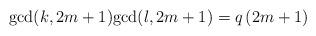
LaTeX: \begin{align*}{\rm gcd}(k,2m+1){\rm gcd}(l,2m+1)=q\, (2m+1)\end{align*}